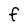
Character: F